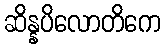
ဆိန္နပိလောတိကေ